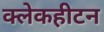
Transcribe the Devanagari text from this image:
क्लेकहीटन